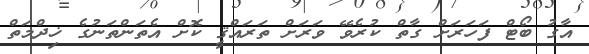
އާގު ބޯޓް ފަހަރަށް ގާތް ކުރެވޭ ވަރަށް ތަރައްޤީ ކޮށް އެތަންތަނުގެ ޚިދްމަތް